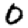
Digit: 0